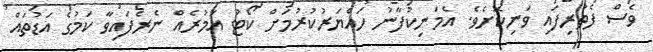
ވެސް ފެތުރިފައި ވަނިކޮށެވެ. އެމަނިކުފާނު ހައްޔަރުކުރުމަށް ކޯޓު އަމުރެއް ނެރެފައިވާ ކަމުގެ އަޑުތައް